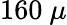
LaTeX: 160~\mu